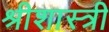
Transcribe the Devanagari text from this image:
श्रीशास्त्री